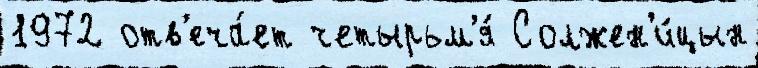
1972 отв'еча́ет четырьм'я́ Солжен'и́цын